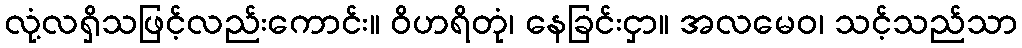
လုံ့လရှိသဖြင့်လည်းကောင်း။ ဝိဟရိတုံ၊ နေခြင်းငှာ။ အလမေဝ၊ သင့်သည်သာ